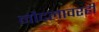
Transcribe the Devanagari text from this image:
नौदलावरही